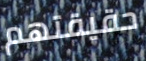
حقيقتهم